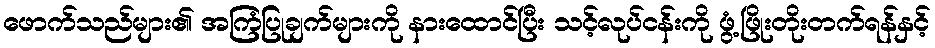
ဖောက်သည်များ၏ အကြံပြုချက်များကို နားထောင်ပြီး သင့်လုပ်ငန်းကို ဖွံ့ဖြိုးတိုးတက်ရန်နှင့်